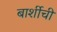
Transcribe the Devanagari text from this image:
बार्शीची